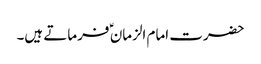
حضرت امام الزمان ؑ فرماتے ہیں۔